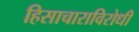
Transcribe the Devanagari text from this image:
हिसाचाराविरोधी